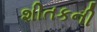
શીતકની